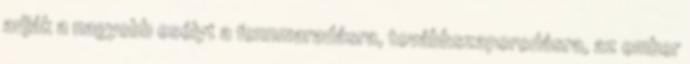
adják a nagyobb esélyt a fennmaradásra, továbbszaporodásra, az ember